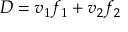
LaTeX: D = v _ { 1 } f _ { 1 } + v _ { 2 } f _ { 2 }